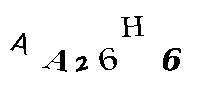
AA26H6